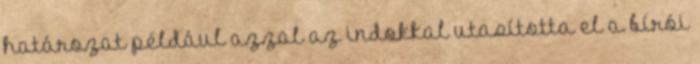
határozat például azzal az indokkal utasította el a bírói